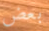
بعض